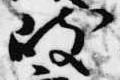
岐